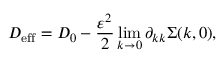
D _ { \mathrm { e f f } } = D _ { 0 } - \frac { \varepsilon ^ { 2 } } { 2 } \operatorname* { l i m } _ { k \rightarrow 0 } \partial _ { k k } \Sigma ( k , 0 ) ,